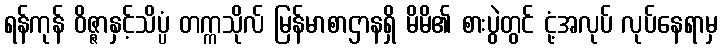
ရန်ကုန် ဝိဇ္ဇာနှင့်သိပ္ပံ တက္ကသိုလ် မြန်မာစာဌာနရှိ မိမိ၏ စားပွဲတွင် ငုံ့အလုပ် လုပ်နေရာမှ